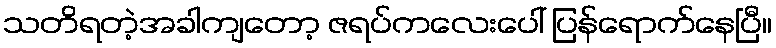
သတိရတဲ့အခါကျတော့ ဇရပ်ကလေးပေါ် ပြန်ရောက်နေပြီ။